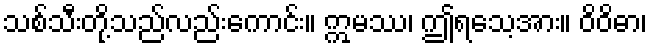
သစ်သီးတို့သည်လည်းကောင်း။ ဣမဿ၊ ဤရသေ့အား။ ဝိဝိဓာ၊